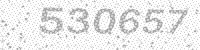
Solution: 530657